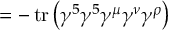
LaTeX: = - \operatorname { t r } \left( \gamma ^ { 5 } \gamma ^ { 5 } \gamma ^ { \mu } \gamma ^ { \nu } \gamma ^ { \rho } \right)